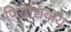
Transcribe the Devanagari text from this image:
पिरांशिवाय